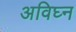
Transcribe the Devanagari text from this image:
अविघ्न